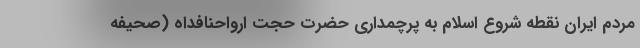
مردم ایران نقطه شروع اسلام به پرچمداری حضرت حجت ارواحنافداه (صحیفه